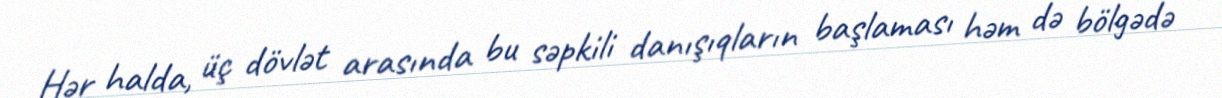
Hər halda, üç dövlət arasında bu səpkili danışıqların başlaması həm də bölgədə